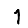
Digit: 1